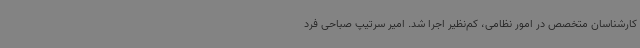
کارشناسان متخصص در امور نظامی، کم‌نظیر اجرا شد. امیر سرتیپ صباحی فرد